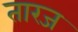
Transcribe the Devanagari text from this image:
तारज